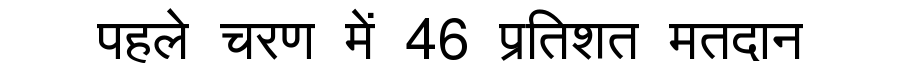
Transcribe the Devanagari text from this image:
पहले चरण में 46 प्रतिशत मतदान